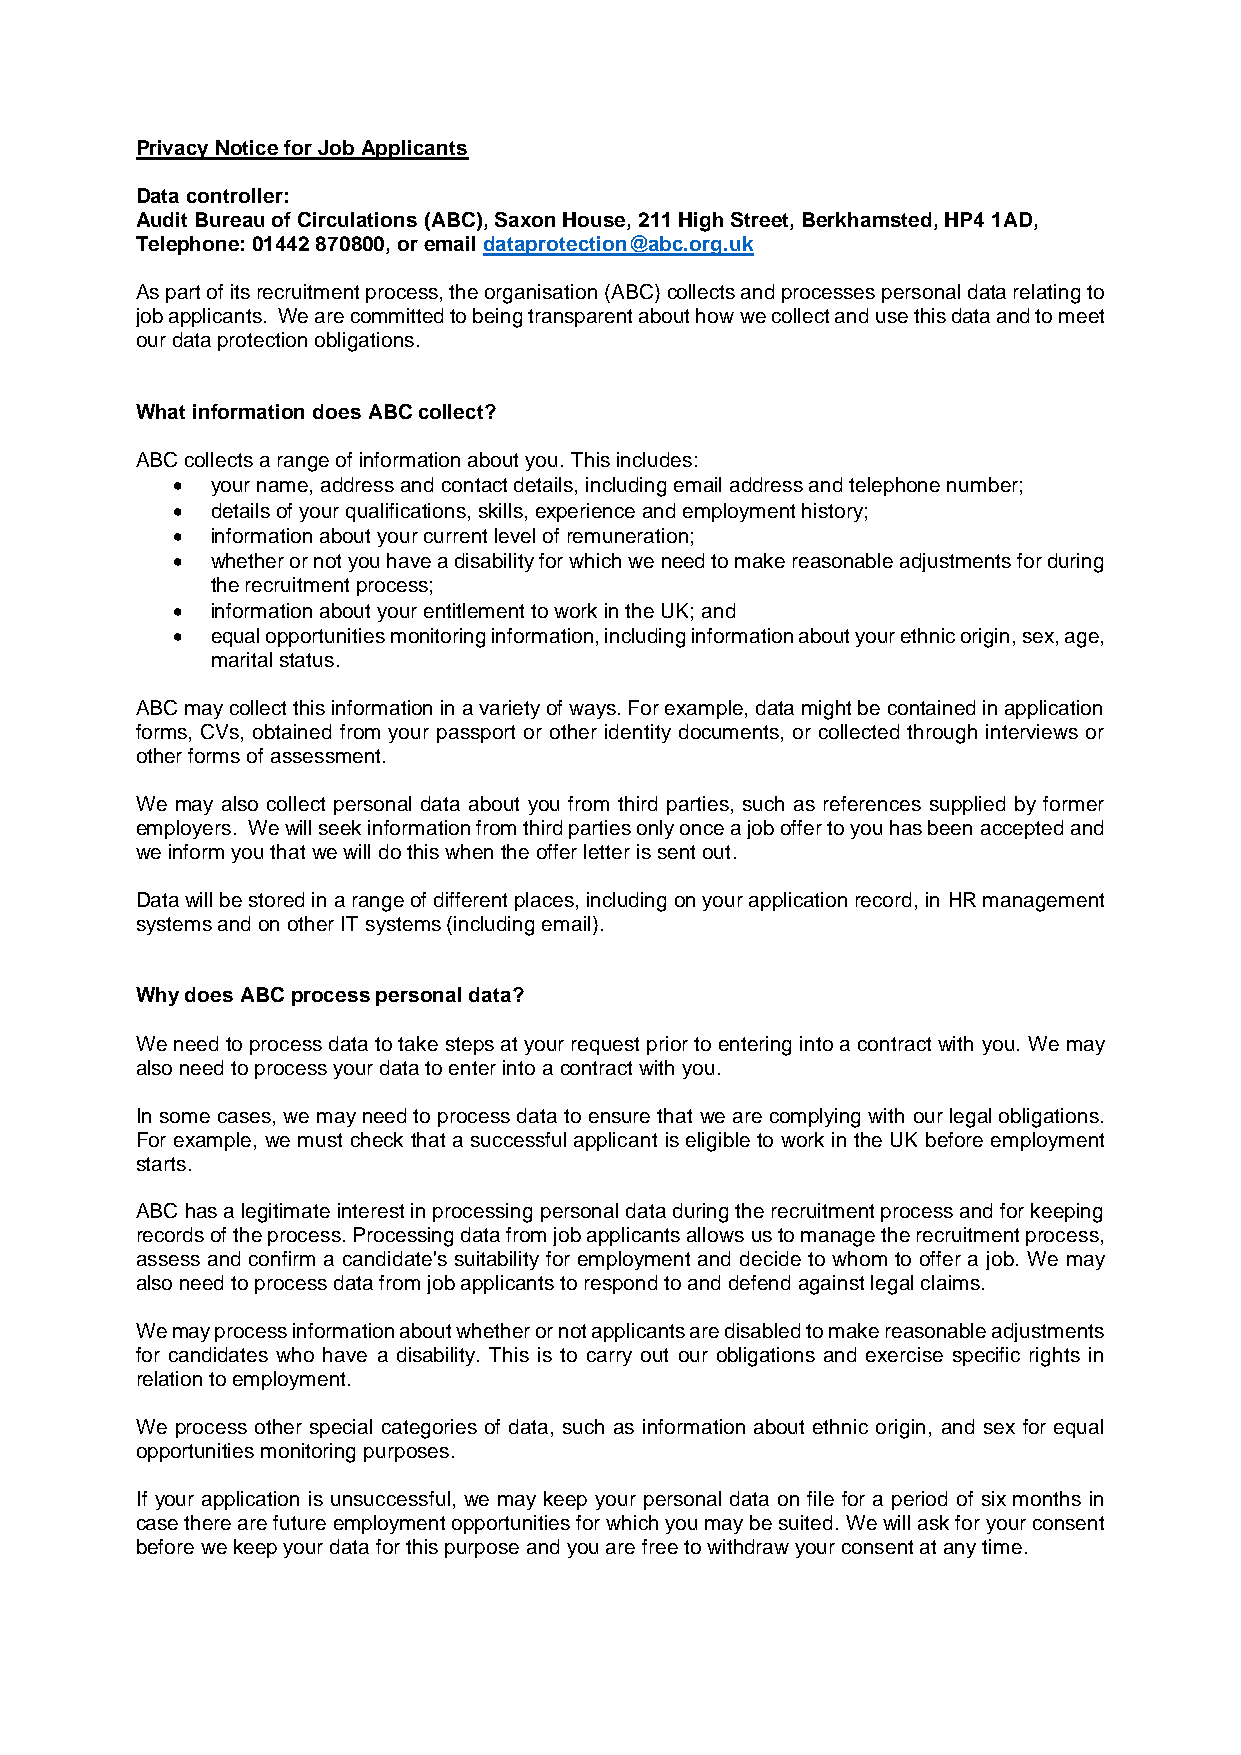
Privacy Notice for Job Applicants
 Data controller:
 Audit Bureau of Circulations (ABC), Saxon House, 211 High Street, Berkhamsted, HP4 1AD,
 Telephone: 01442 870800, or email dataprotection@abc.org.uk
 As part of its recruitment process, the organisation (ABC) collects and processes personal data relating to
 job applicants. We are committed to being transparent about how we collect and use this data and to meet
 our data protection obligations.
 What information does ABC collect?
 ABC collects a range of information about you. This includes:
   your name, address and contact details, including email address and telephone number;
   details of your qualifications, skills, experience and employment history;
   information about your current level of remuneration;
   whether or not you have a disability for which we need to make reasonable adjustments for during
 the recruitment process;
   information about your entitlement to work in the UK; and
   equal opportunities monitoring information, including information about your ethnic origin, sex, age,
 marital status.
 ABC may collect this information in a variety of ways. For example, data might be contained in application
 forms, CVs, obtained from your passport or other identity documents, or collected through interviews or
 other forms of assessment.
 We may also collect personal data about you from third parties, such as references supplied by former
 employers. We will seek information from third parties only once a job offer to you has been accepted and
 we inform you that we will do this when the offer letter is sent out.
 Data will be stored in a range of different places, including on your application record, in HR management
 systems and on other IT systems (including email).
 Why does ABC process personal data?
 We need to process data to take steps at your request prior to entering into a contract with you. We may
 also need to process your data to enter into a contract with you.
 In some cases, we may need to process data to ensure that we are complying with our legal obligations.
 For example, we must check that a successful applicant is eligible to work in the UK before employment
 starts.
 ABC has a legitimate interest in processing personal data during the recruitment process and for keeping
 records of the process. Processing data from job applicants allows us to manage the recruitment process,
 assess and confirm a candidate's suitability for employment and decide to whom to offer a job. We may
 also need to process data from job applicants to respond to and defend against legal claims.
 We may process information about whether or not applicants are disabled to make reasonable adjustments
 for candidates who have a disability. This is to carry out our obligations and exercise specific rights in
 relation to employment.
 We process other special categories of data, such as information about ethnic origin, and sex for equal
 opportunities monitoring purposes.
 If your application is unsuccessful, we may keep your personal data on file for a period of six months in
 case there are future employment opportunities for which you may be suited. We will ask for your consent
 before we keep your data for this purpose and you are free to withdraw your consent at any time.